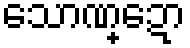
သောဏ္ဍော